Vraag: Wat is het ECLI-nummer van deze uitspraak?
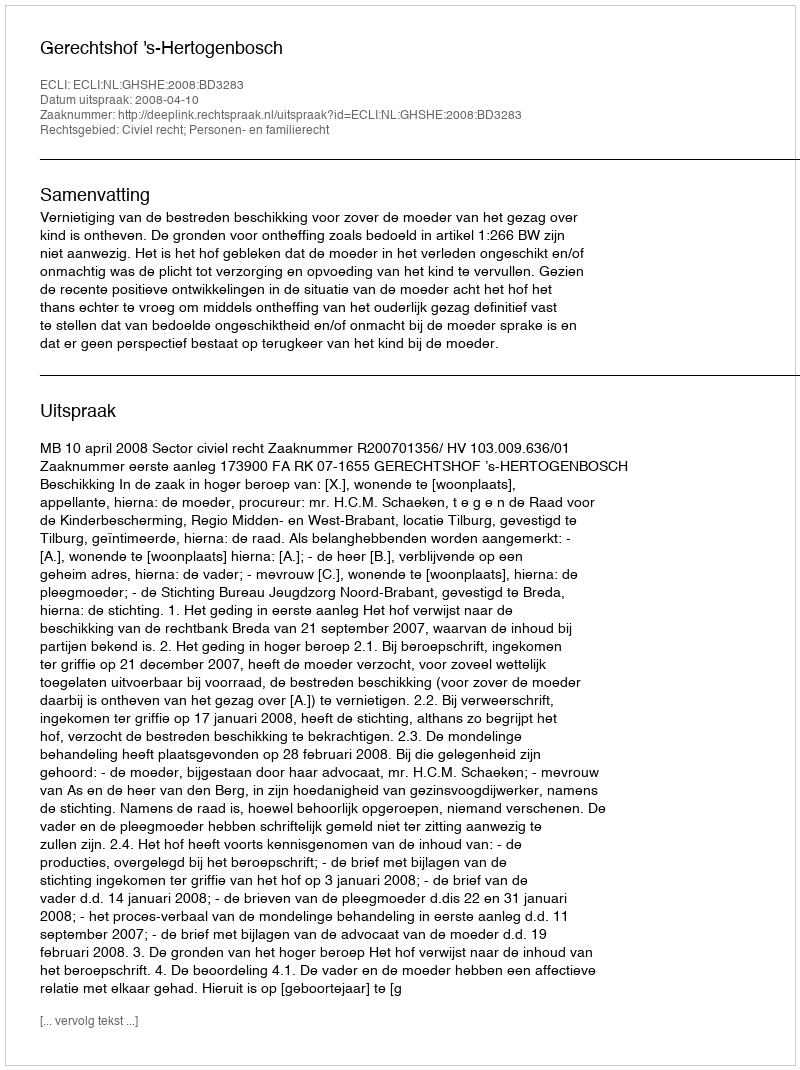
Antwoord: ECLI:NL:GHSHE:2008:BD3283